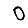
Digit: 0